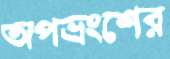
অপভ্রংশের